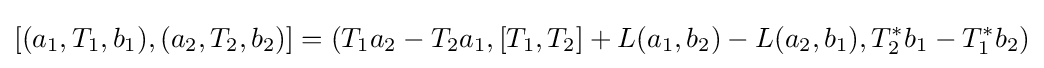
\displaystyle {[(a_{1},T_{1},b_{1}),(a_{2},T_{2},b_{2})]=(T_{1}a_{2}-T_{2}a_{1},[T_{1},T_{2}]+L(a_{1},b_{2})-L(a_{2},b_{1}),T_{2}^{*}b_{1}-T_{1}^{*}b_{2})}